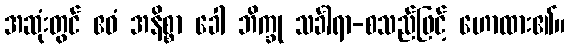
အဆုံးတွင် ဧဝံ အနိစ္စာ ခေါ ဘိက္ခု သင်္ခါရာ-စသည်ဖြင့် ဟောထား၏။